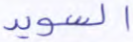
السويد